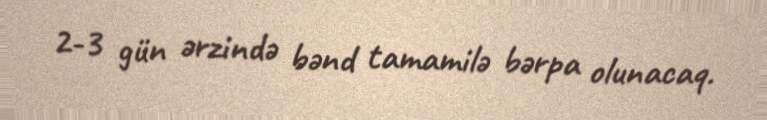
2-3 gün ərzində bənd tamamilə bərpa olunacaq.